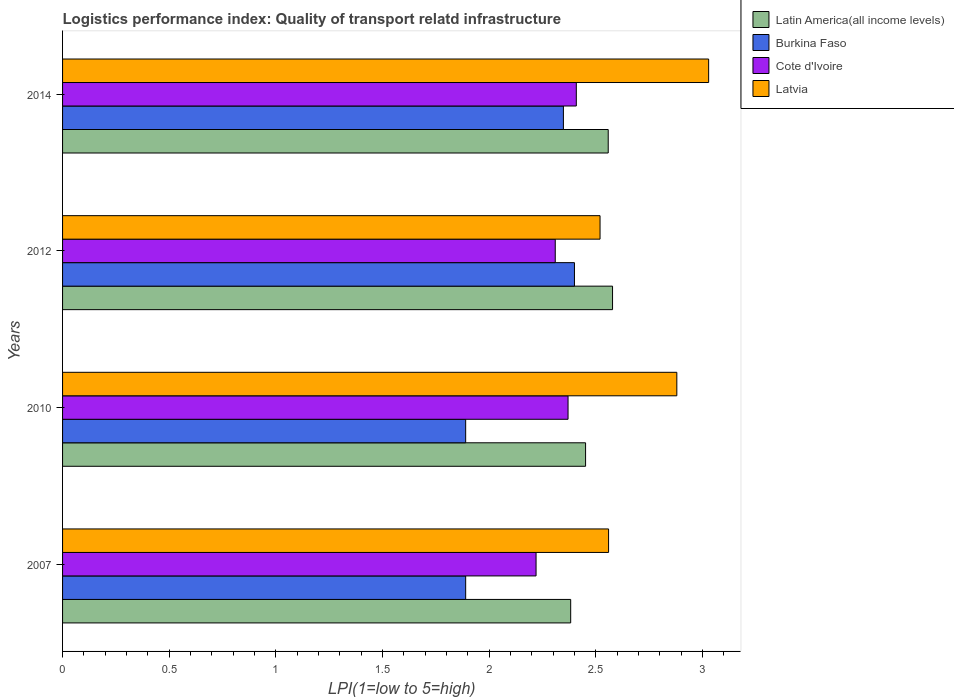
| Years | Latin America(all income levels) | Burkina Faso | Cote d'Ivoire | Latvia |
 | --- | --- | --- | --- | --- |
 | 2007 | 2.38 | 1.89 | 2.22 | 2.56 |
 | 2010 | 2.45 | 1.89 | 2.37 | 2.88 |
 | 2012 | 2.58 | 2.4 | 2.31 | 2.52 |
 | 2014 | 2.56 | 2.35 | 2.41 | 3.03 |